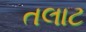
તલાટ